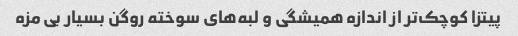
پیتزا کوچک‌تر از اندازه همیشگی و لبه‌های سوخته روگن بسیار بی مزه